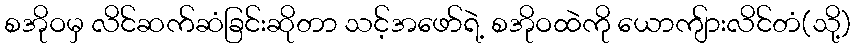
စအိုဝမှ လိင်ဆက်ဆံခြင်းဆိုတာ သင့်အဖော်ရဲ့ စအိုဝထဲကို ယောကျ်ားလိင်တံ(သို့)